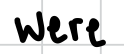
Text: were
Cross-out: clean
Writing tool: digital_black